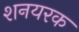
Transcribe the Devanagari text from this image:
शनयरक